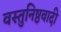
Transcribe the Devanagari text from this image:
वस्तुनिष्ठवादी